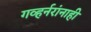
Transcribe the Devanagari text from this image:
गव्हर्नरांनाही